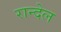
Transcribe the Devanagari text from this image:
रान्देल